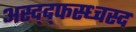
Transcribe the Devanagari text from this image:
अस्द्द्फस्ध्चस्द